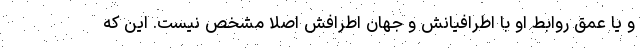
و یا عمق روابط او با اطرافیانش و جهان اطرافش اصلا مشخص نیست. این که